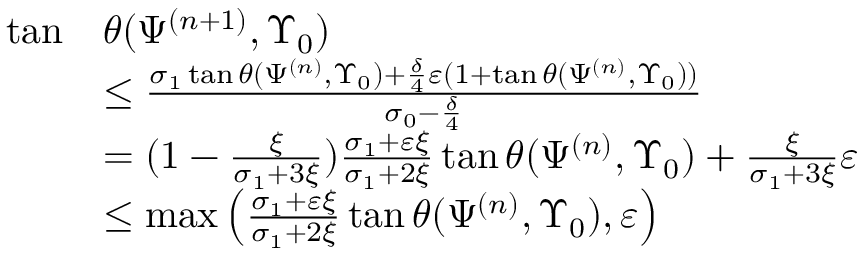
\begin{array} { r l } { \tan } & { \theta ( \Psi ^ { ( n + 1 ) } , \Upsilon _ { 0 } ) } \\ & { \leq \frac { \sigma _ { 1 } \tan \theta ( \Psi ^ { ( n ) } , \Upsilon _ { 0 } ) + \frac { \delta } { 4 } \varepsilon ( 1 + \tan \theta ( \Psi ^ { ( n ) } , \Upsilon _ { 0 } ) ) } { \sigma _ { 0 } - \frac { \delta } { 4 } } } \\ & { = ( 1 - \frac { \xi } { \sigma _ { 1 } + 3 \xi } ) \frac { \sigma _ { 1 } + \varepsilon \xi } { \sigma _ { 1 } + 2 \xi } \tan \theta ( \Psi ^ { ( n ) } , \Upsilon _ { 0 } ) + \frac { \xi } { \sigma _ { 1 } + 3 \xi } \varepsilon } \\ & { \leq \operatorname* { m a x } \left( \frac { \sigma _ { 1 } + \varepsilon \xi } { \sigma _ { 1 } + 2 \xi } \tan \theta ( \Psi ^ { ( n ) } , \Upsilon _ { 0 } ) , \varepsilon \right) } \end{array}